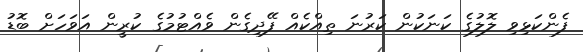
ފެންކަޅިވި ލޮލުގެ ކަނަކުން ކަރުނަ ތިއްކެއް ފޭދިގެން ވެއްޓުމުގެ ކުރީން އަވަހަށް ބޮޑު